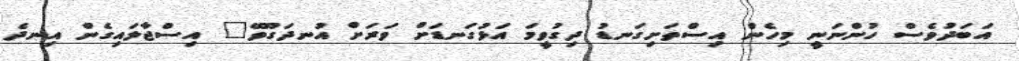
އަބަދުވެސް ހުންނަނީ މިހެން އިސްތަށިގަނޑު ދިގުވީމަ އަޅުގަނޑަށް ވަރަށް އުނދަގޫވޭ" އިސްޖާލައިގެން އިނދެ